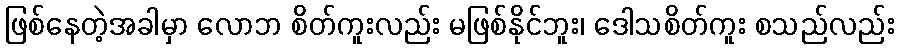
ဖြစ်နေတဲ့အခါမှာ လောဘ စိတ်ကူးလည်း မဖြစ်နိုင်ဘူး၊ ဒေါသစိတ်ကူး စသည်လည်း